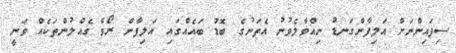
ސިފައިންނަށް އަލިފާންގަނޑު ނިއްވާލެވުނު އެތަނުގެ ބޮޑު ބައެއްގައި އަލިފާން ރޯވެ ގެއްލުންތަކެއް ވަނީ